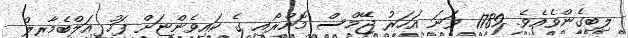
ލިބިގެންވެއެވެ. 1789 ވަނަ އަހަރު ޖޭމްސް މޮންރޯއި ގެ ކައިވެންޏަށް ފަހު އަލްބެމާރލް